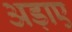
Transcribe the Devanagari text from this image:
अड़ाए